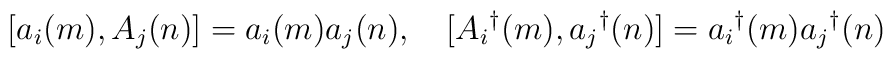
[a_i(m),A_j(n)] = a_i(m)a_j(n),\quad [A_i{}^{\dag}(m),a_j{}^{\dag}(n)] =a_i{}^{\dag}(m)a_j{}^{\dag}(n)